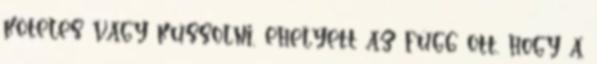
köteles vagy kussolni, ehelyett az függ ott, hogy a